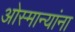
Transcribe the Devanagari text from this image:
ओस्मान्यांना